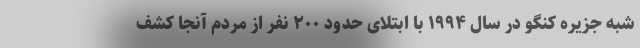
شبه جزیره کنگو در سال ۱۹۹۴ با ابتلای حدود ۲۰۰ نفر از مردم آنجا کشف